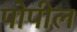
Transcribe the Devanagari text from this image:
पोपील